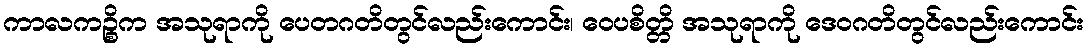
ကာလကဉ္စိက အသုရာကို ပေတဂတိတွင်လည်းကောင်း၊ ဝေပစိတ္တိ အသုရာကို ဒေဝဂတိတွင်လည်းကောင်း